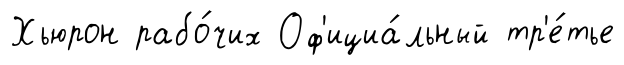
Хьюрон рабо́чих Оф'ициа́льный тр'е́тье